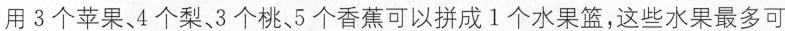
用3个苹果、4个梨、3个桃、5个香蕉可以拼成1个水果篮，这些水果最多可